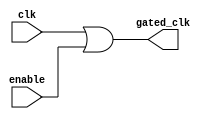
module clock_gating (
    input wire clk,          // Primary clock signal
    input wire enable,       // Enable signal for clock gating
    output wire gated_clk    // Gated clock signal
);

// Generate the gated clock signal using an OR gate
assign gated_clk = clk | enable;

endmodule